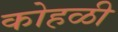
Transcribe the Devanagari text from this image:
कोहळी